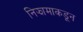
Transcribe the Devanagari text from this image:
निझामाकडून